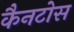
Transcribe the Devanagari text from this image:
कैनटोस